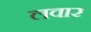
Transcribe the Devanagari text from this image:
लवार